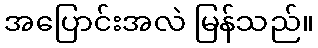
အပြောင်းအလဲ မြန်သည်။